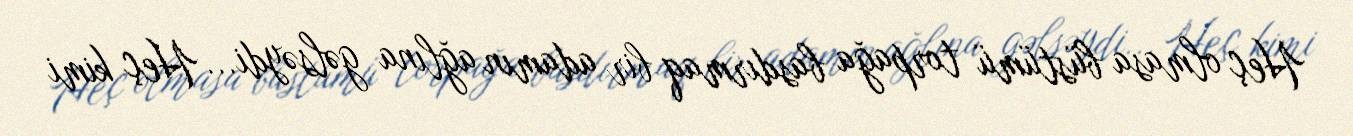
Heç olmasa büstümü torpağa basdırmaq bir adamın ağlına gəlsəydi... Heç kimi